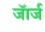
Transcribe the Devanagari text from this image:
जॅार्ज